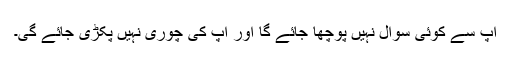
آپ سے کوئی سوال نہیں پوچھا جائے گا اور آپ کی چوری نہیں پکڑی جائے گی۔